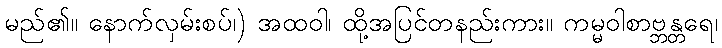
မည်၏။ နောက်လှမ်းစပ်၊) အထဝါ၊ ထို့အပြင်တနည်းကား။ ကမ္မဝါစာဗ္ဘန္တရေ၊